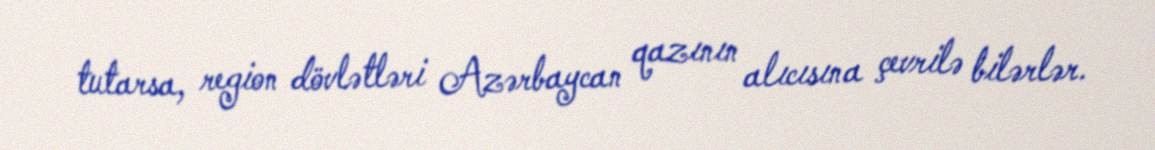
tutarsa, region dövlətləri Azərbaycan qazının alıcısına çevrilə bilərlər.